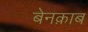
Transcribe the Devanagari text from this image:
बेनक़ाब